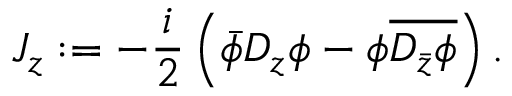
J _ { z } : = - \frac { i } { 2 } \left( \bar { \phi } D _ { z } \phi - \phi \overline { { { D _ { \bar { z } } \phi } } } \right) .